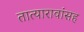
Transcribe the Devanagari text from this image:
तात्यारावांसह